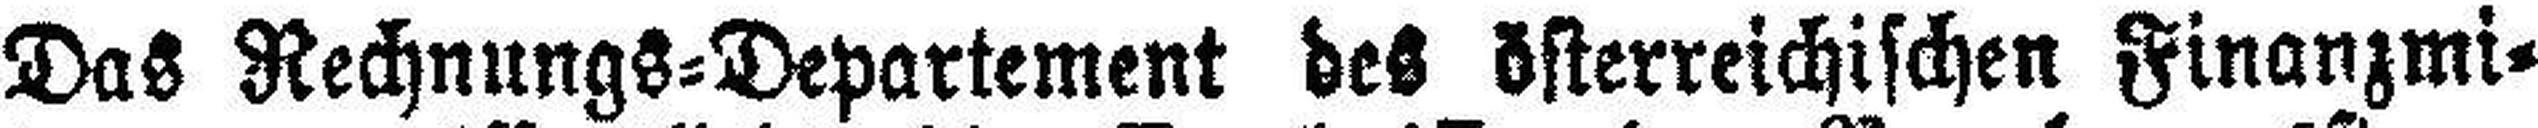
Das Rechnungs=Departement des österreichischen Finanzmi¬